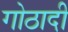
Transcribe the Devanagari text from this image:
गोठादी